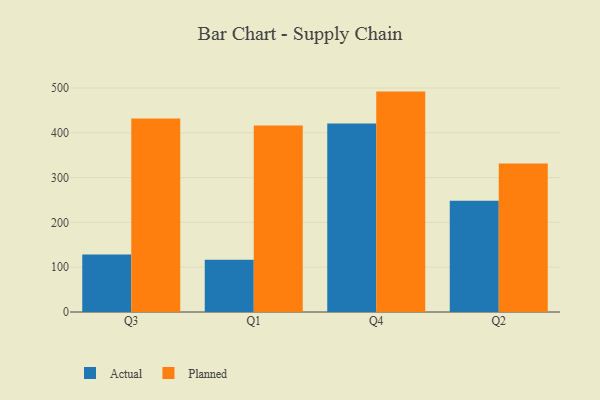
{"axis": {"x": "Quarter", "y": "Website Visitors"}, "legend": ["Actual", "Planned"], "data": [{"x": "Q3", "y": 128.3, "type": "Actual"}, {"x": "Q3", "y": 431.8, "type": "Planned"}, {"x": "Q1", "y": 116.4, "type": "Actual"}, {"x": "Q1", "y": 416.2, "type": "Planned"}, {"x": "Q4", "y": 420.9, "type": "Actual"}, {"x": "Q4", "y": 492.0, "type": "Planned"}, {"x": "Q2", "y": 248.3, "type": "Actual"}, {"x": "Q2", "y": 331.7, "type": "Planned"}]}